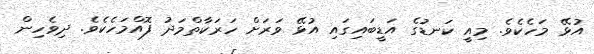
އުޅޭ މަހެކެވެ. މިއީ ކަނޑުގެ އަޑީބައިގައި އުޅޭ ވަރަށް ހަރަކާތްމަދު ފޮއްމަހެކެވެ. ދިވެހިން